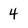
Character: 4